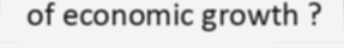
of economic growth ?